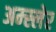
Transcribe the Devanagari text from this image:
अम्स्लेर